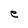
Character: e